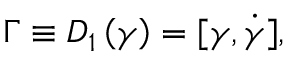
\boldsymbol { \Gamma } \equiv D _ { 1 } \left( \boldsymbol { \gamma } \right) = [ \boldsymbol { \gamma } , \dot { \boldsymbol { \gamma } } ] ,